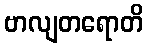
ဗာလျတရောတိ